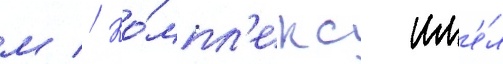
м // Ко́мпл'екс им'е́л